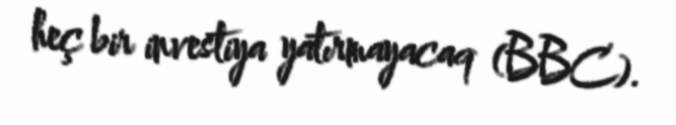
heç bir investiya yatırmayacaq (BBC).